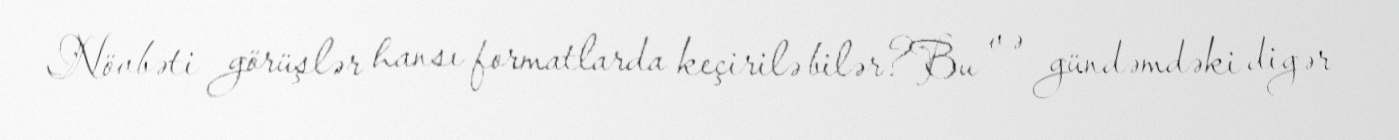
Növbəti görüşlər hansı formatlarda keçirilə bilər?Bu və gündəmdəki digər